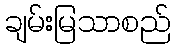
ချမ်းမြသာစည်